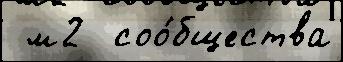
 м2  соо́бщества